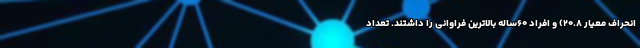
انحراف معیار ۲۰.۸) و افراد ۶۰ساله بالاترین فراوانی را داشتند. تعداد